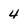
Character: 4